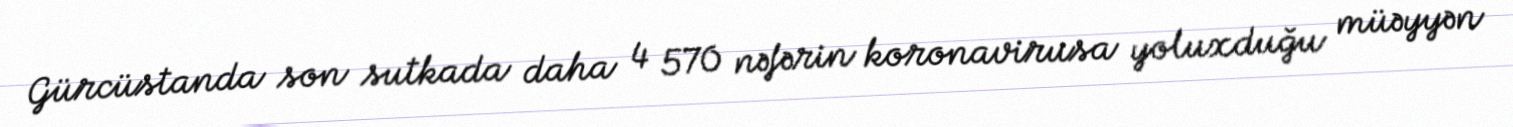
Gürcüstanda son sutkada daha 4 570 nəfərin koronavirusa yoluxduğu müəyyən